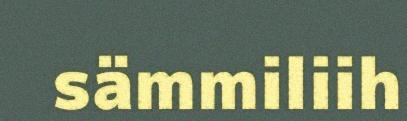
sämmiliih